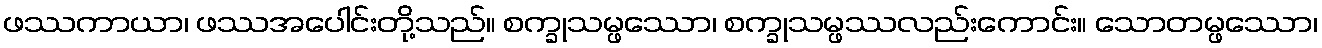
ဖဿကာယာ၊ ဖဿအပေါင်းတို့သည်။ စက္ခုသမ္ဖဿော၊ စက္ခုသမ္ဖဿလည်းကောင်း။ သောတမ္ဖဿော၊